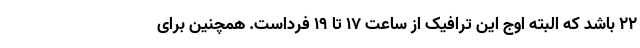
۲۲ باشد که البته اوج این ترافیک از ساعت ۱۷ تا ۱۹ فرداست. همچنین برای